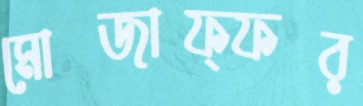
মোজাফ্ফর